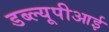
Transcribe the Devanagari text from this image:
डब्ल्यूपीआई